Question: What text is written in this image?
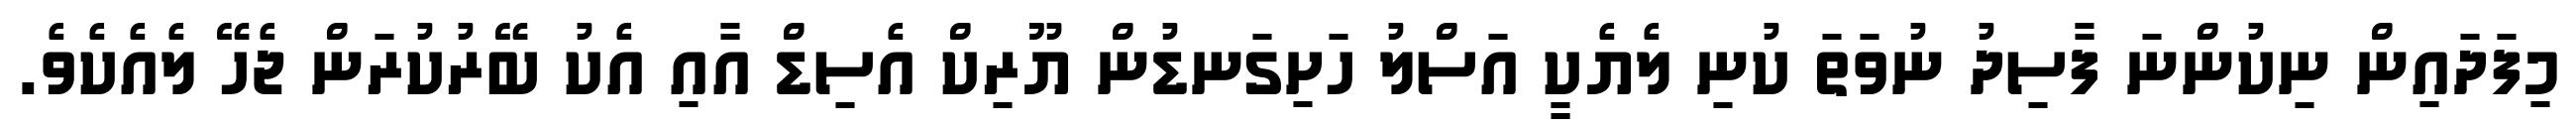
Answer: މިފަދައިން ނިކުންނަ ފާސިދު ނުވަތަ ކުނި ލެޔެކީ އަސްލު ހަށިގަނޑުން ޔޫރިކް އެސިޑް އާއި އެކު ބޭރުކުރަން ޖެހޭ ލެއެކެވެ.